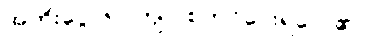
အတိုးငွေ ၆၀ ကျပ် စတင်ပေးရလေ၏။